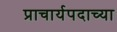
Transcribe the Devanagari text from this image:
प्राचार्यपदाच्या